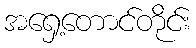
အရှေ့တောင်တိုင်း